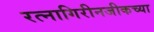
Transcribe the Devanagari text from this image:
रत्नागिरीनजीकच्या